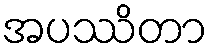
အပဿိတာ